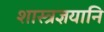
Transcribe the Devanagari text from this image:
शास्त्रज्ञयानि